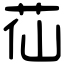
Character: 苮